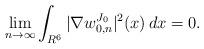
LaTeX: \begin{align*}\lim_{n\to\infty}\int_{R^6}|\nabla w^{J_0}_{0,n}|^2(x)\,dx=0.\end{align*}